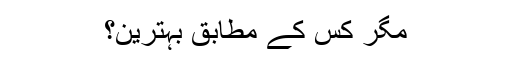
مگر کس کے مطابق بہترین؟